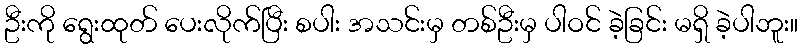
ဦးကို ရွေးထုတ် ပေးလိုက်ပြီး စပါး အသင်းမှ တစ်ဦးမှ ပါဝင် ခဲ့ခြင်း မရှိ ခဲ့ပါဘူး။